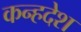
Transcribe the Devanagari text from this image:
कन्हदेश